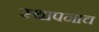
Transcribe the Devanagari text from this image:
स्थापनाच